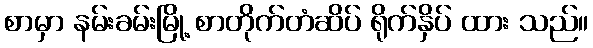
စာမှာ နမ်းခမ်းမြို့ စာတိုက်တံဆိပ် ရိုက်နှိပ် ထား သည်။